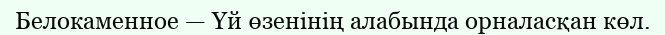
Белокаменное — Үй өзенінің алабында орналасқан көл.